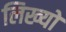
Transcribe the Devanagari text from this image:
लिख्‍यो